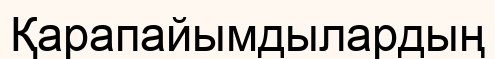
Қарапайымдылардың